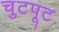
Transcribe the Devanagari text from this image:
चुटपूट